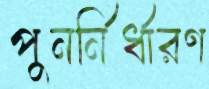
পুনর্নির্ধারণ